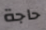
حاجة